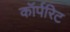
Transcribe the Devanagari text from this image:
कॉर्परिट